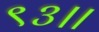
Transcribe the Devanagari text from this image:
९३।।